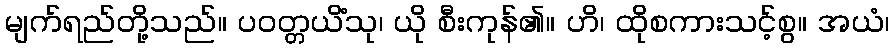
မျက်ရည်တို့သည်။ ပဝတ္တယိံသု၊ ယို စီးကုန်၏။ ဟိ၊ ထိုစကားသင့်စွ။ အယံ၊